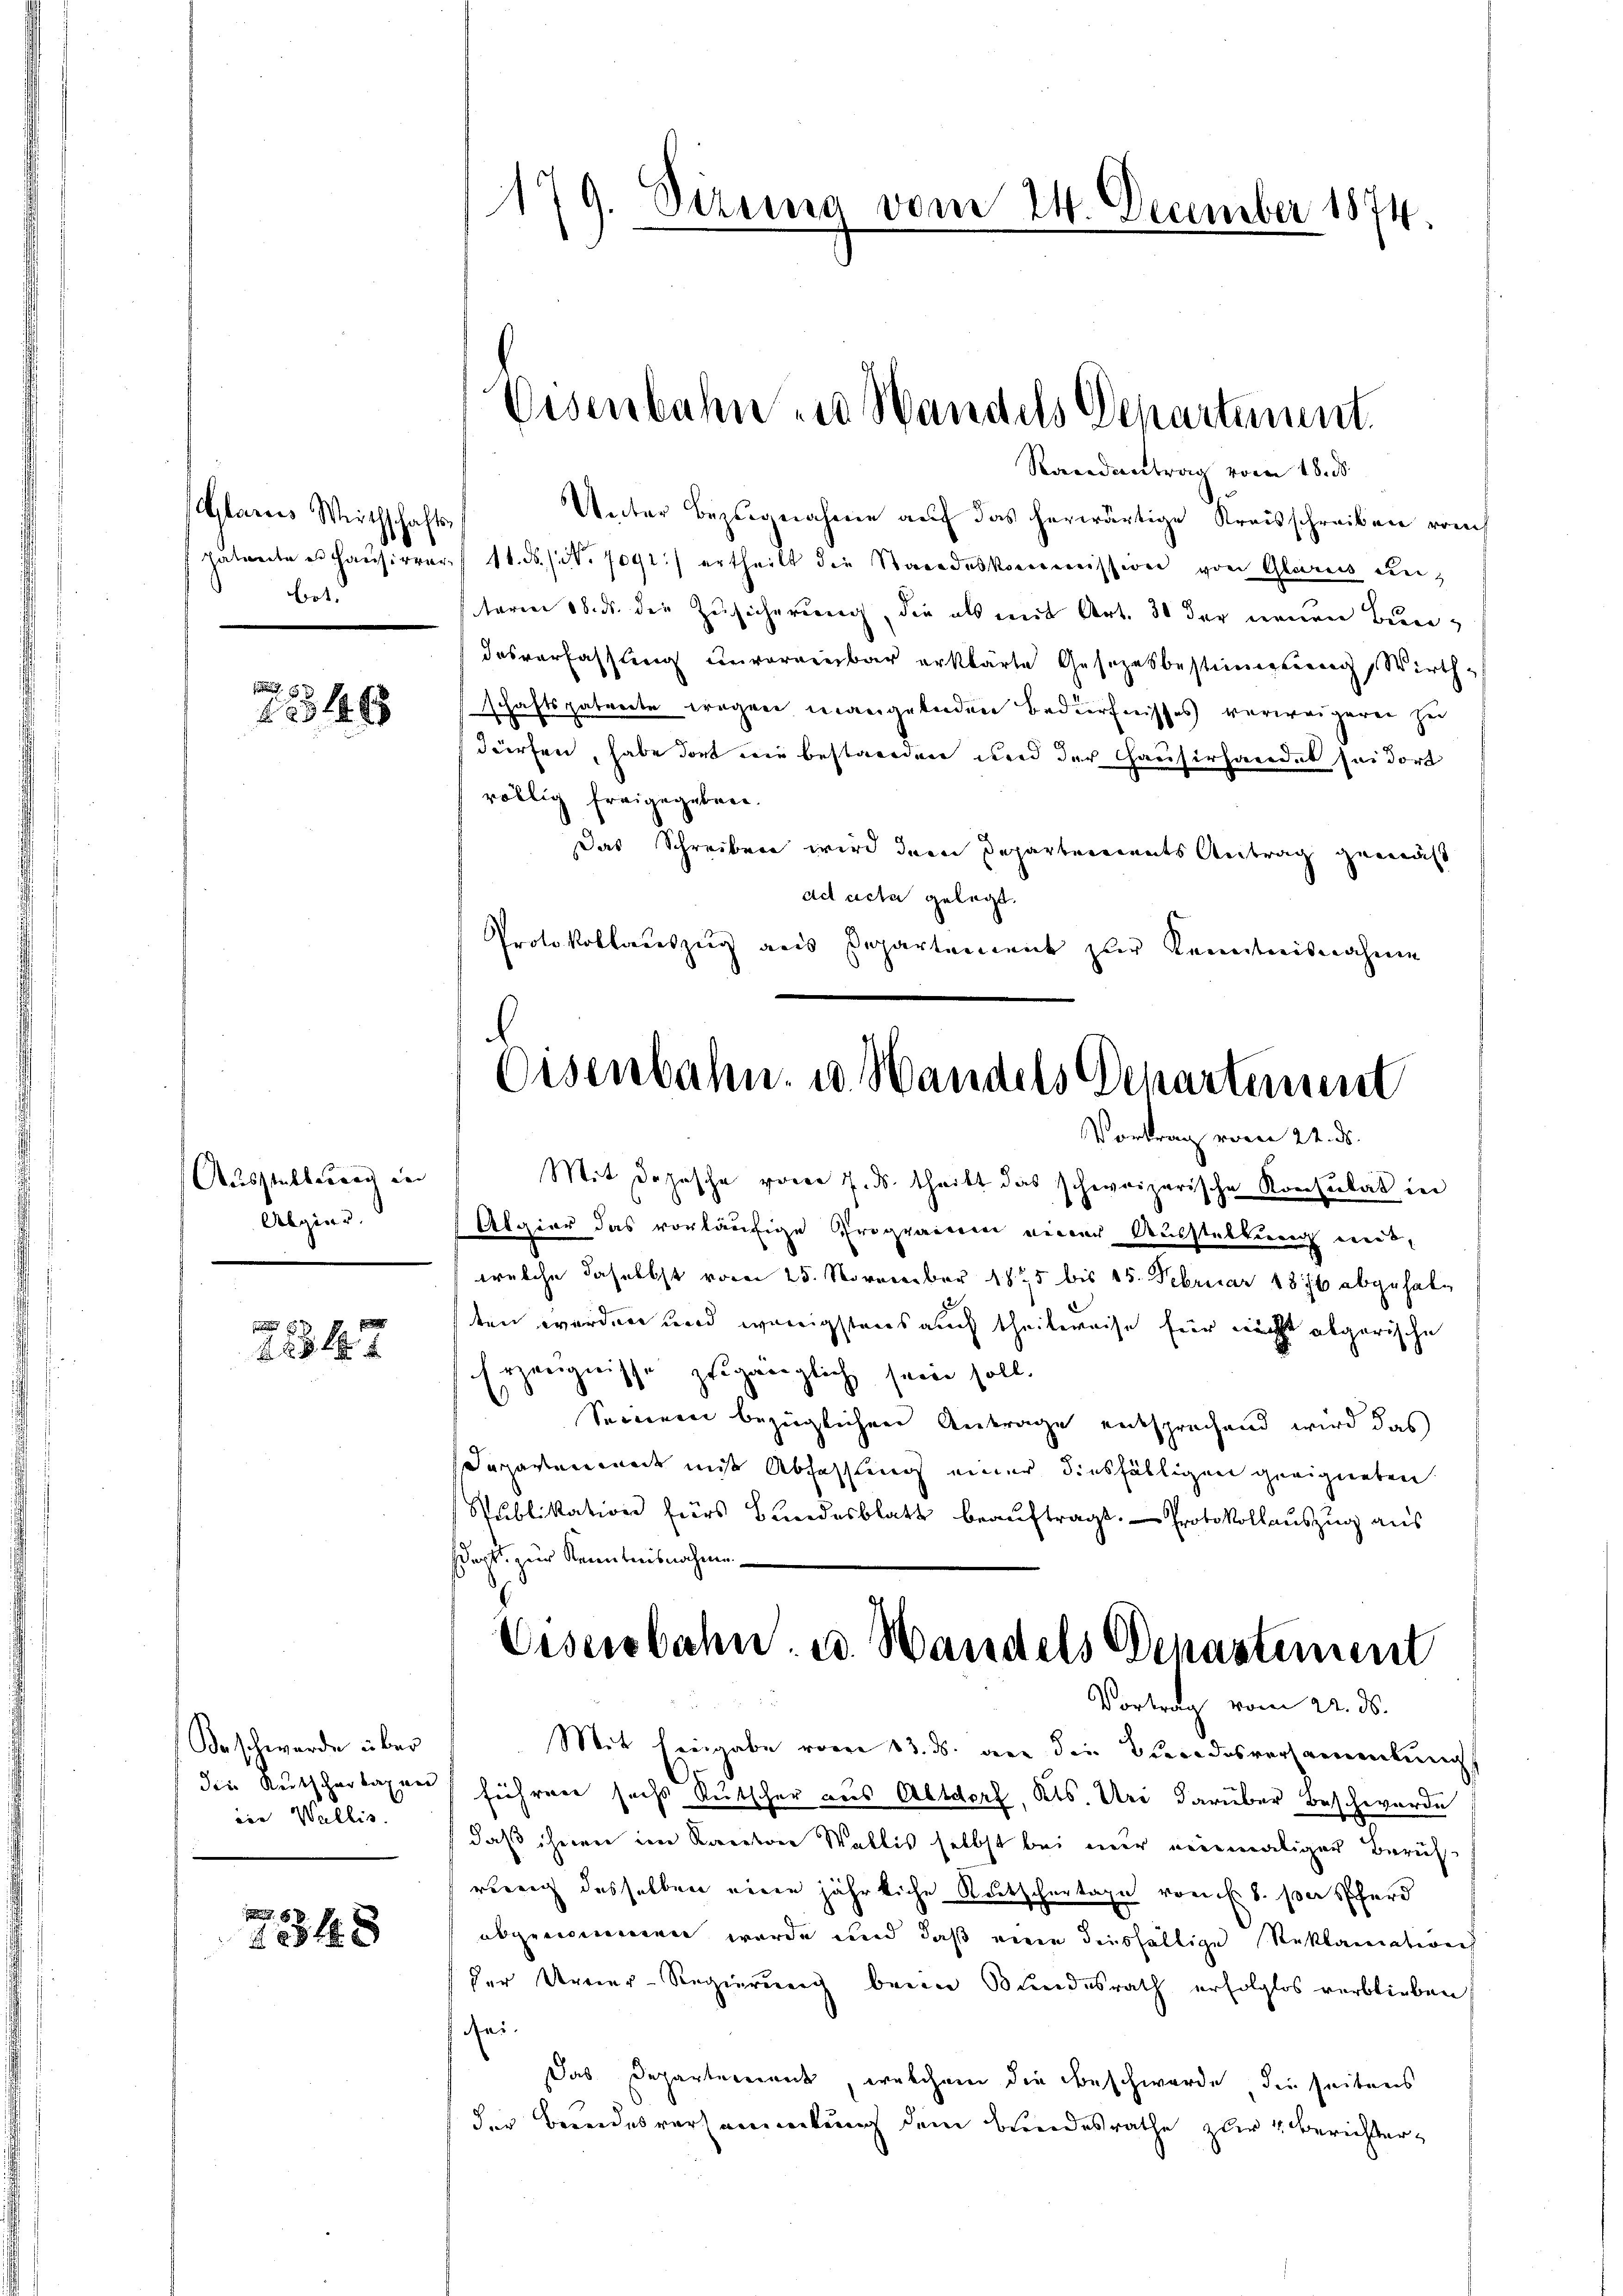
Alaris Wirthschafts,
bet

f 24 x

Ausstellung in |
Algier.

1557

Beschwerde über
die Rutschertagen
ine Wallis.

8
484 8

179. Dezung vom 24. December 1874.

Eisenbahn in Wandels Departement.
Randantrag vom 18. d.
Unter Bezugnahme auf das herwärtige Kreisschreiben vom

Zutrete es Hausirver, 11. ds. sit. 7091) ertheilt die Standeskommission von Glarus untaren 18. ds. die Zusicherung, die als mit Art. 30 der neuen Bundesverfassling unvoreinbar erklärte Gesetzesbestimmung, Wirthschaftspatente wegen mangelnden Bedürfnisses verweigeren zu
dürfen, habe dort wie bestanden und der Hausirhandes sei dort
völlig freigegeben.
Das Schreiben wird der Departements Antrag gemäß
ad acta gelegt.
Protokollauszug aus Departement zur Kenntnisnahme

Eisenbahn. u. Handels Departement
s

Mit Depesche vorer 7. ds. theilt das schweizerische Konsulat in
Algier das vorläufige Programmen einer Ausstellung entwelche daselbst vom 25. November 1875 bis 15. Februar 1876 abgehalten werden und wenigstens auch theilweise für nicht abgerische
Erzeugnisse zugänglich sein soll.
Seinem bezüglichen Antrage entsprechend wird das
Dapavemenade mit Abfassung einer diesfälligen geeigneten
Publikation fürs Bundesblatt beauftragt. - Protokollauszug aus
dark. zur Kenntnisnahme
Mit Eingabe vom 13. ds. an die Tracedosversammlung
führen sechs Kutscher aus Altdorf, Kts. Uri darüber Beschwerde
daß ihnen im Kanton Wallis selbst bei nur niemaliger Berührung desselben eine jährliche Rutschertage von l. 8. per Pferd
abgenommen wurde und daß einen diesfällige Reklamation
der Urner-Regierung beim Bundesrath erfolglos verblieben,
ai.
Das Departeierant, welchem die Beschwerde die seitens
der Beendesversammlung dem Bundesrathe zur Berichter¬

Eisenbahn. u. Wandels Denastement
Vortrag vom 22. ds.